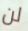
لن